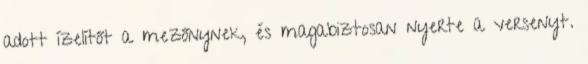
adott ízelítőt a mezőnynek, és magabiztosan nyerte a versenyt.